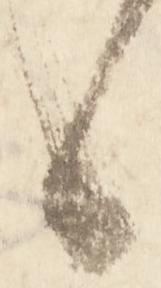
候